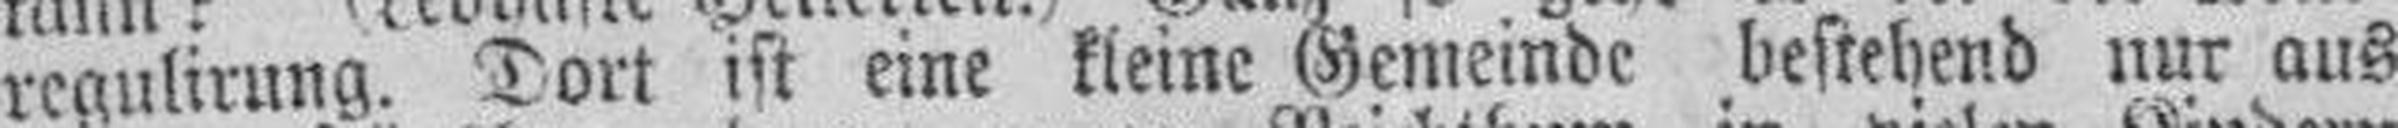
regulirung. Dort ist eine kleine Gemeinde bestehend nur aus